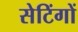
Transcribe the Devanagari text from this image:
सेटिंगों